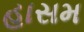
હાસમ